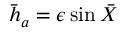
\bar { h } _ { a } = \epsilon \sin \bar { X }